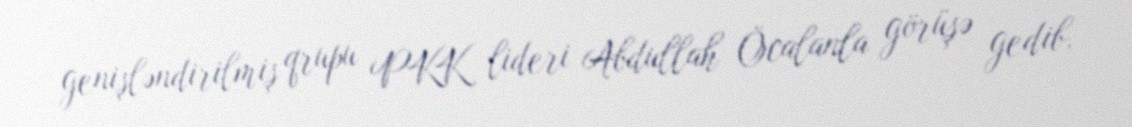
genişləndirilmiş qrupu PKK lideri Abdullah Öcalanla görüşə gedib.